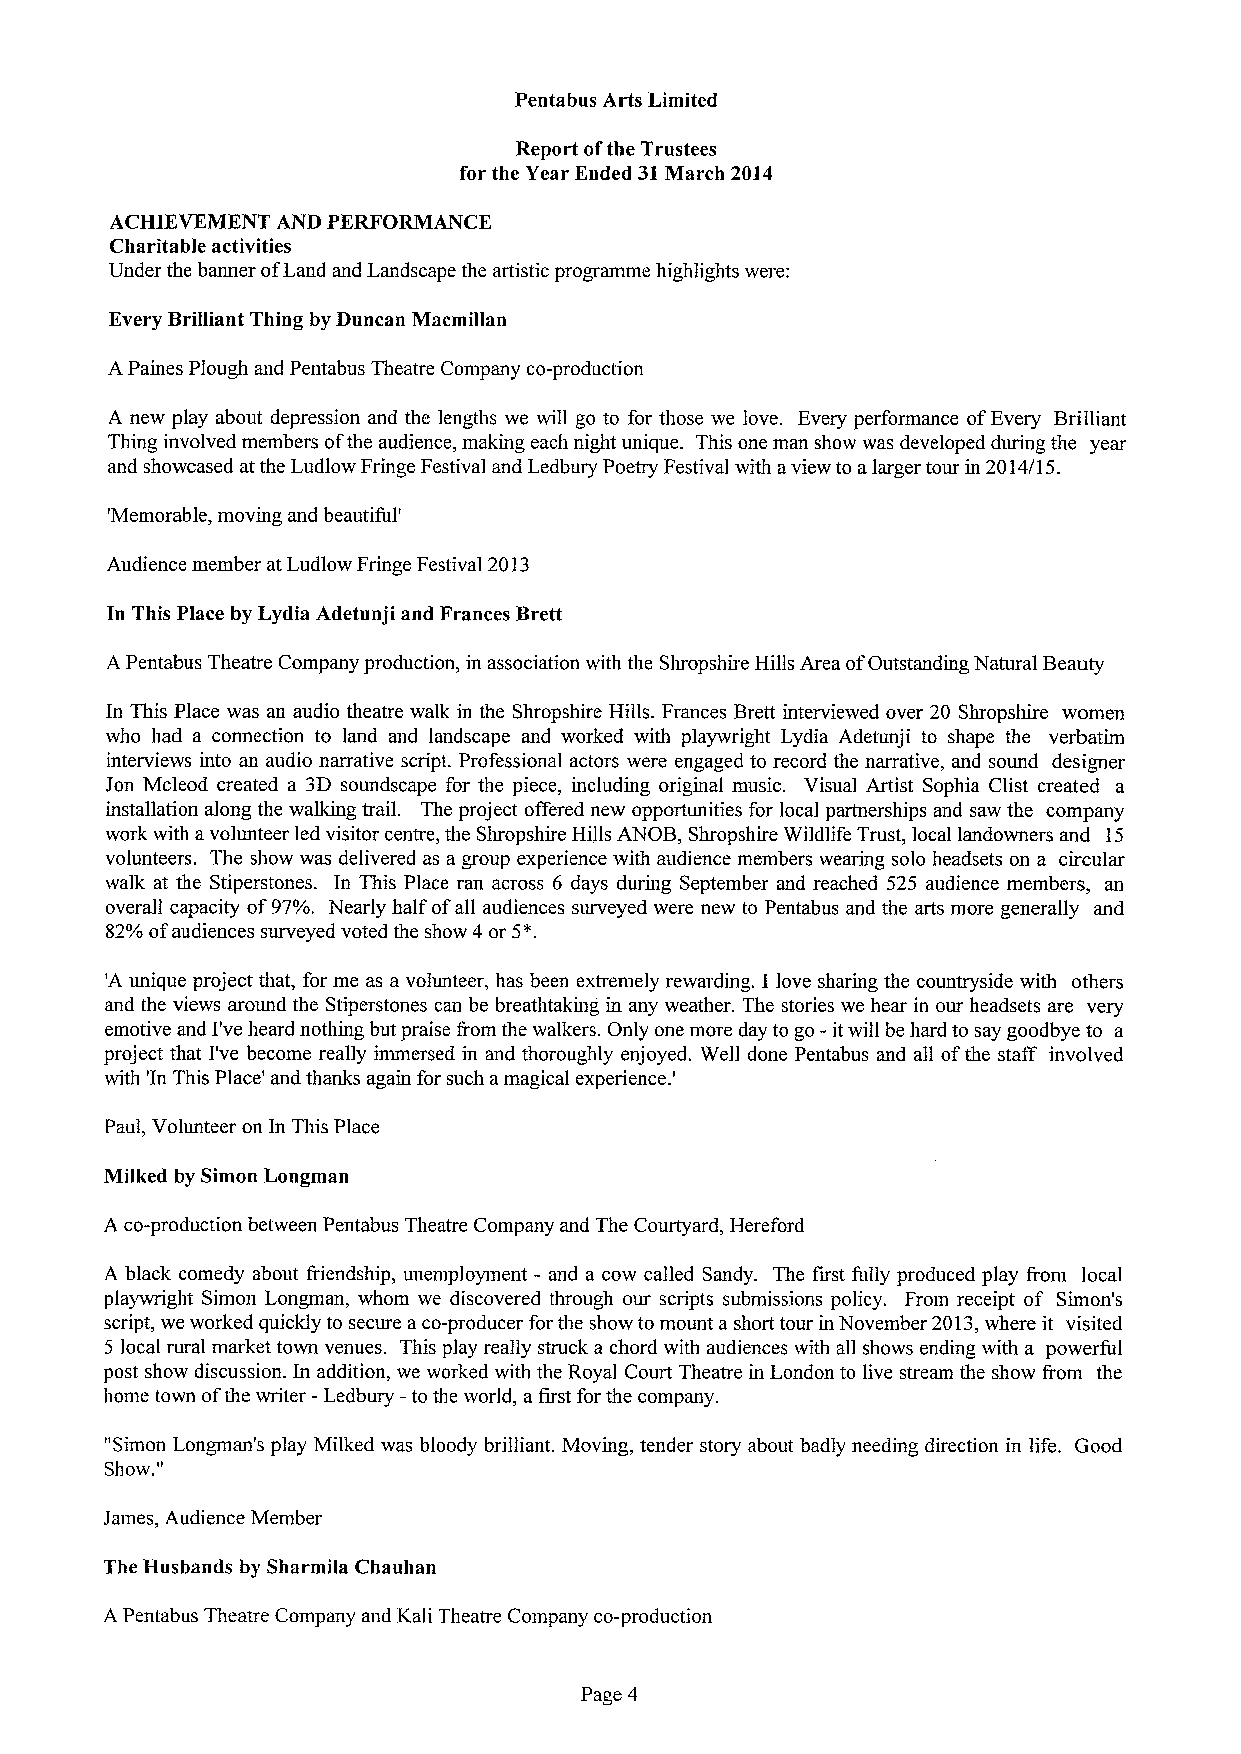
Pentabus Arts Limited
 Report ofthe Trustees
 for the Year Ended 31March 2014
 ACHIEVEMENT AND PERFORMANCE
 Charitable activities
 Under the banner ofLand and Landscape the artistic programme highlights were:
 Every Brilliant Thing by Duncan Macmillan
 A Paines Plough and Pentabus Theatre Company co-production
 A new play about depression and the lengths we will go to for those we love. Every performance ofEvery Brilliant
 Thing involved members ofthe audience, making each night unique. This one man show was developed during the year
 and showcased at the Ludlow Fringe Festival and Ledbury Poetry Festival with aview to alarger tour in 2014/15.
 'Memorable, moving and beautiful'
 Audience member at Ludlow Fringe Festival 2013
 In This Place by Lydia Adetunji and Frances Brett
 A Pentabus Theatre Company production, in association with the Shropshire Hills Area ofOutstanding Natural Beauty
 In This Place was an audio theatre walk in the Shropshire Hills. Frances Brett interviewed over 20 Shropshire women
 who had a connection to land and landscape and worked with playwright Lydia Adetunji to shape the verbatim
 interviews into an audio narrative script. Professional actors were engaged to record the narrative, and sound designer
 Jon Mcleod created a 3D soundscape for the piece, including original music. Visual Artist Sophia Clist created a
 installation along the walking trail. The project offered new opportunities for local partnerships and saw the company
 work with avolunteer led visitor centre, the Shropshire Hills ANOB, Shropshire Wildlife Trust, local landowners and 15
 volunteers. The show was delivered as a group experience with audience members wearing solo headsets on a circular
 walk at the Stiperstones. In This Place ran across 6 days during September and reached 525 audience members, an
 overall capacity of97%. Nearly half ofall audiences surveyed were new to Pentabus and the arts more generally and
 S2%ofaudiences surveyed voted the show 4or 5*.
 'A unique project that, for me as a volunteer, has been extremely rewarding. I love sharing the countryside with others
 and the views around the Stiperstones can be breathtaking in any weather. The stories we hear in our headsets are very
 emotive and I've heard nothing but praise &om the walkers. Only one more day to go - itwill be hard to say goodbye to a
 project that I've become really immersed in and thoroughly enjoyed. Well done Pentabus and all ofthe staff involved
 with 'In This Place' and thanks again for such amagical experience. '
 Paul, Volunteer on In This Place
 Milked by Simon Longman
 A co-production between Pentabus Theatre Company and The Courtyard, Hereford
 A black comedy about &iendship, unemployment - and a cow called Sandy. The first fully produced play &om local
 playwright Simon Longman, whom we discovered through our scripts submissions policy. From receipt of Simon's
 script, we worked quickly to secure aco-producer for the show to mount a short tour in November 2013,where it visited
 5 local rural market town venues. This play really struck a chord with audiences with all shows ending with a powerful
 post show discussion. In addition, we worked with the Royal Court Theatre in London to live stream the show from the
 home town ofthe writer -Ledbury -to the world, a first for the company.
 "Simon Longman's play Milked was bloody brilliant. Moving, tender story about badly needing direction in life. Good
 "
 Show.
 James, Audience Member
 The Husbands by Sharmila Chauhan
 A Pentabus Theatre Company and Kali Theatre Company co-production
 Page 4